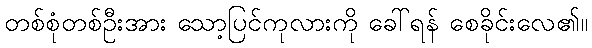
တစ်စုံတစ်ဦးအား သော့ပြင်ကုလားကို ခေါ်ရန် စေခိုင်းလေ၏။